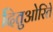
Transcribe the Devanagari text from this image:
दितुओरिते